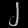
Digit: ၂